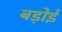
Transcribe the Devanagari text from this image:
बड़ोई